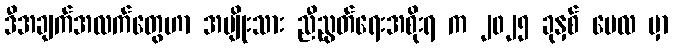
ဒီအချက်အလက်တွေဟာ အမျိုးသား ညီညွတ်ရေးအစိုးရ က ၂၀၂၅ ခုနှစ် မေလ မှာ